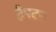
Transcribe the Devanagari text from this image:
हैपटन